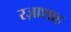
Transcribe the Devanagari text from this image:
रज़ाशाह